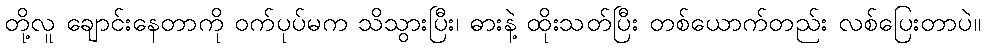
တို့လူ ချောင်းနေတာကို ဝက်ပုပ်မက သိသွားပြီး၊ ဓားနဲ့ ထိုးသတ်ပြီး တစ်ယောက်တည်း လစ်ပြေးတာပဲ။